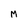
Character: M